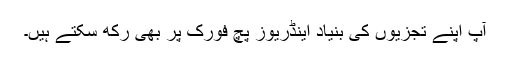
آپ اپنے تجزیوں کی بنیاد اینڈریوز پچ فورک پر بھی رکھ سکتے ہیں۔